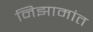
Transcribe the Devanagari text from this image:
निझामांत